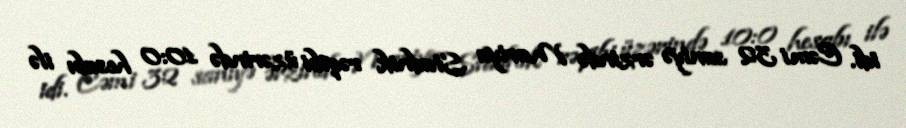
idi. Cəmi 32 saniyə ərzində Mariya Stadnik rəqibi üzərində 10:0 hesabı ilə